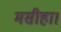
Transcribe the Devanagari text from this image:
मसीहा।